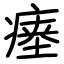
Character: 瘗